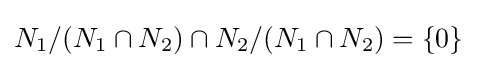
N_{1}/(N_{1}\cap N_{2})\cap N_{2}/(N_{1}\cap N_{2})=\{0\}